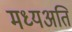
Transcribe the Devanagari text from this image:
मध्यअति